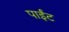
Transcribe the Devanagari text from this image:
पाईंट